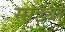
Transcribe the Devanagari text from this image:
साड्यां